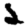
Digit: 2